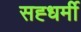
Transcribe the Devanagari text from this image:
सह्धर्मी